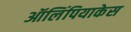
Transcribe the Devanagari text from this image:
ऑलिंपियाकेस